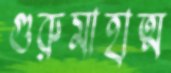
গুরুমাহাত্ম